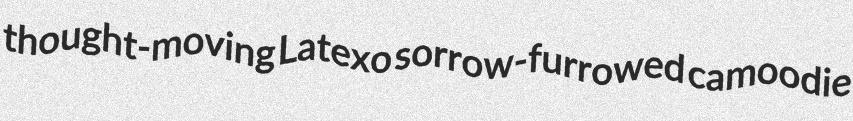
thought-moving Latexo sorrow-furrowed camoodie